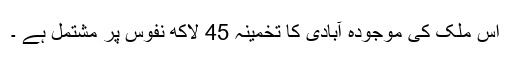
اس ملک کی موجودہ آبادی کا تخمینہ 45 لاکھ نفوس پر مشتمل ہے ۔